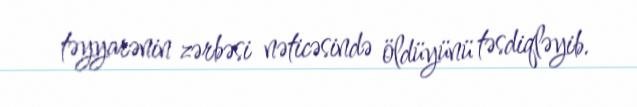
təyyarənin zərbəsi nəticəsində öldüyünü təsdiqləyib.